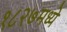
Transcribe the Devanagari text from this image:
१८२७मध्ये